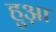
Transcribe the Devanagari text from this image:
हुआ़